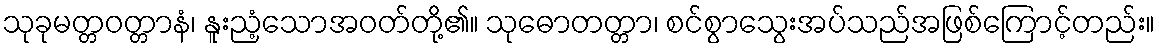
သုခုမတ္တဝတ္တာနံ၊ နူးညံ့သောအဝတ်တို့၏။ သုဓောတတ္တာ၊ စင်စွာသွေးအပ်သည်အဖြစ်ကြောင့်တည်း။